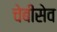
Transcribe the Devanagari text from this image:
चेबीसेव